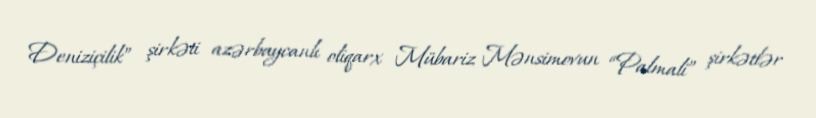
Deniziçilik” şirkəti azərbaycanlı oliqarx Mübariz Mənsimovun “Palmali” şirkətlər